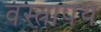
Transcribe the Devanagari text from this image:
वस्त्रापथ